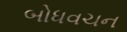
બોધવચન